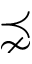
\precnsim